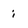
Character: i